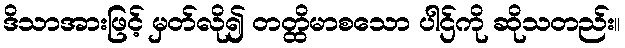
ဒိသာအားဖြင့် မှတ်လို၍ တတ္ထိမာစသော ပါဌ်ကို ဆိုသတည်း။